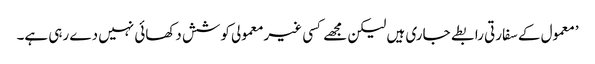
’معمول کے سفارتی رابطے جاری ہیں لیکن مجھے کسی غیرمعمولی کوشش دکھائی نہیں دے رہی ہے۔